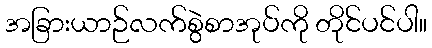
အခြားယာဉ်လက်စွဲစာအုပ်ကို တိုင်ပင်ပါ။